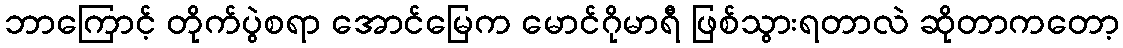
ဘာကြောင့် တိုက်ပွဲစရာ အောင်မြေက မောင်ဂိုမာရီ ဖြစ်သွားရတာလဲ ဆိုတာကတော့